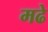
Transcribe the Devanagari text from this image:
मढे